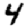
Digit: 4